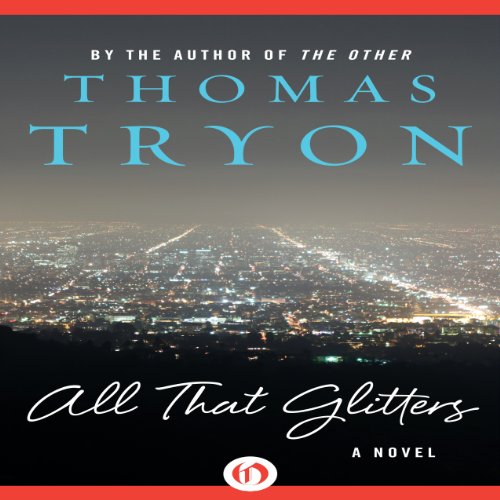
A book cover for All That Glitters; Thomas Tryon; Literature & Fiction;